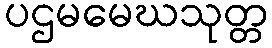
ပဌမမေဃသုတ္တ